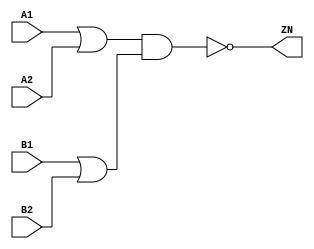
module OAI22_X4 (A1, A2, B1, B2, ZN);
  input A1;
  input A2;
  input B1;
  input B2;
  output ZN;

  not(ZN, i_12);
  and(i_12, i_13, i_14);
  or(i_13, A1, A2);
  or(i_14, B1, B2);


endmodule